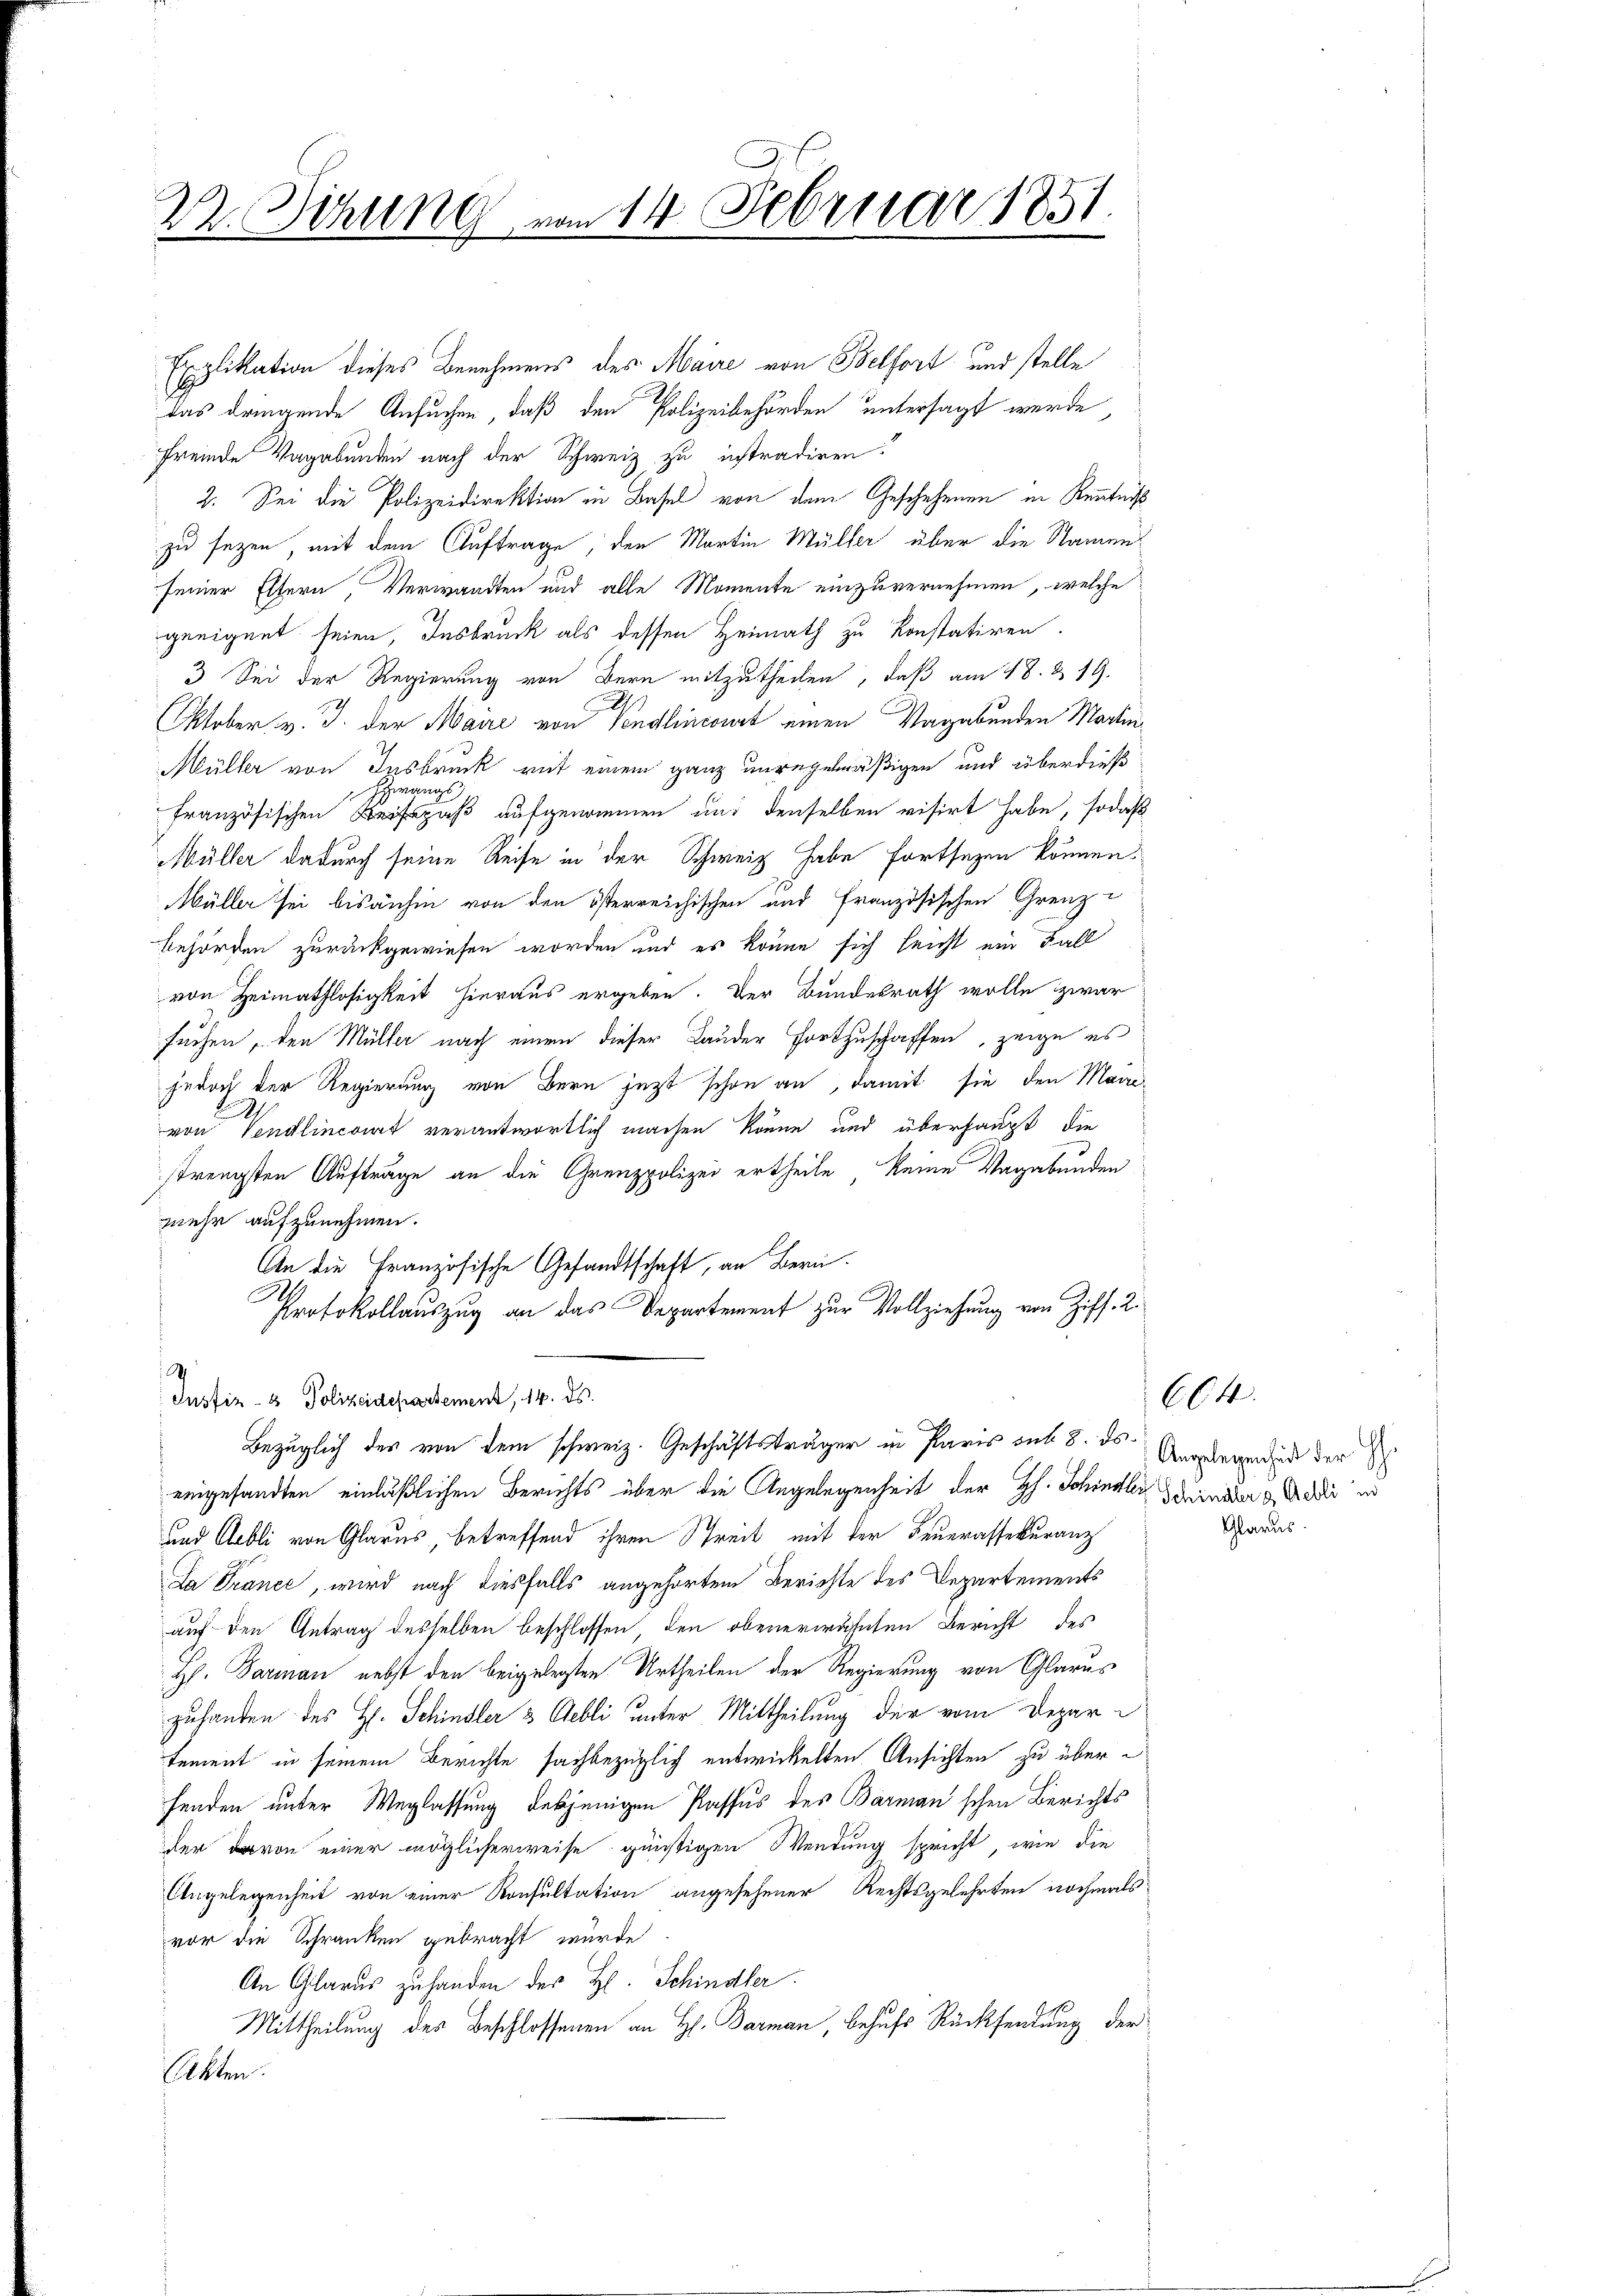
22. Sitzung

Explikation dieses Benehmens des Maire von Belfort und stelle
das dringende Ansuchen, daß den Polizeibehörden untersagt werde,
fremde Vagabunden nach der Schweiz zu instradiren.
2. Sei die Polizeidirektion in Basel von dem Geschehenen in Kenntniß
zu sezen, mit dem Auftrage, den Martin Müller über die Namenseiner Eltern, Verwandten und alle Momente einzuvernehmen, welche
geeignet seien, Insbruck als dessen Heimath zu konstatiren.
3 Sei der Regierung von Bern mitzutheilen, daß am 18. & 19.
Oktober v. J. der Maire von Vendlincourt einen Vagabunden Martin
Müller von Insbruck mit einem ganz unregelmäßigen und überdieß
wangs
französischen paß aufgenommen und denselben visirt habe, sodaß
Müller dadurch seine Reise in der Schweiz habe fortsezen können.
Müller sei bisanhin von den österreichischen und Französischen Grenz-
behörden zurückgewiesen worden und es könne sich leicht ein Fall
von Heimathlosigkeit hieraus ergeben. Der Bundesrath wolle zwar
suchen, den Müller nach einen dieser Lauder Fortzuschaffen, zeige es
jedoch der Regierung von Bern jezt schon an, damit sie den Mari
von Vendlincomit verantwortlich machen könne und überhaupt die
strengsten Aufträge an die Grenzpolizei ertheile, keine Vagabenden
zuehr aufzunehmen.
An die Französische Gesandtschaft, an Bern.
Protokollauszug an das Departement zur Vollziehung von Ziff. 2.
h
Justiz- & Polizeidepartement, 14. ds.
Bezüglich der von dem schweiz. Geschäftsträger in Paris auf 8. ds Angelegend der S
eingesandten einläßlichen Berichts über die Angelegenheit der H. Schindler Steinder gedii in
und Aebli von Glarus, betreffend ihren Streit mit der Feuerassekuranz
Da France, wird nach diesfalls angehörtem Berichte des Departements
auf den Antrag desselben beschlossen, den obenerwähnten Bericht des
H. Forman nebst den beigelegten Urtheilen der Regierung von Glarus
zuhanden des H. Schindler 3 Gebli unter Mittheilung der vom Departement in seinem Berichte sachbezüglich entwickelten Ansichten zu überfenden unter Weglassung desjenigen Passus des Barman'schen Berichts
her davon einer möglicherweise günstigen Wendung spricht, wie die
Angelegenheit von einer Konsultation angesehener Rechtsgelehrten nochmals
vor die Schranken gebracht wurde
An Glarus zuhanden des H. Schindler
Mittheilung des Beschlossenen an H. Barman, behufs Rücksendung der
ibten

14. Februar 1851.

Glarus.

664.